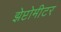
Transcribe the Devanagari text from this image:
झेप्टोमीटर